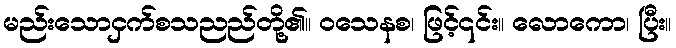
မည်းသောငှက်စသညည်တို့၏။ ဝသေနစ၊ ဖြင့်၎င်း။ လောကော၊ ပြီး။